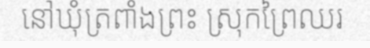
នៅឃុំត្រពាំងព្រះ ស្រុកព្រៃឈរ